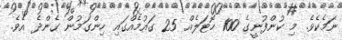
ނަމެކެވެ. މި ކުންފުނީގެ 100 ހޮޓަލެއް 25 ގައުމެއްގައި ހިންގަމުން ގެންދެ އެވެ.